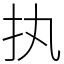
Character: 执